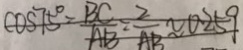
C O S 7 5 ^ { \circ } = \frac { B C } { A B } = \frac { 2 } { A B } \approx 0 . 2 5 9